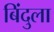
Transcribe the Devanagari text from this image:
बिंदुला